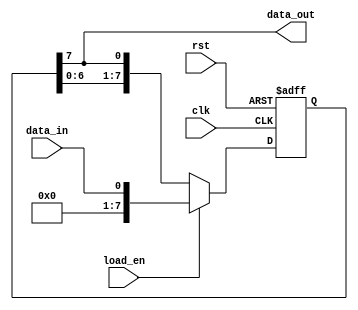
module LIFO (
    input wire clk,
    input wire rst,
    input wire load_en,
    input wire data_in,
    output reg data_out
);

parameter WIDTH = 8;
reg [WIDTH-1:0] shift_reg;

always @(posedge clk or posedge rst) begin
    if (rst) begin
        shift_reg <= 0;
    end else begin
        if (load_en) begin
            shift_reg <= data_in;
        end else begin
            shift_reg <= {shift_reg[WIDTH-2:0], shift_reg[WIDTH-1]};
        end
    end
end

assign data_out = shift_reg[WIDTH-1];

endmodule